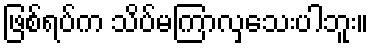
ဖြစ်ရပ်က သိပ်မကြာလှသေးပါဘူး။